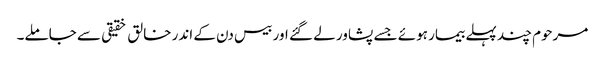
مرحوم چند پہلے بیمار ہوئے جسے پشاور لے گئے اور بیس دن کے اندر خالق خقیقی سے جاملے۔